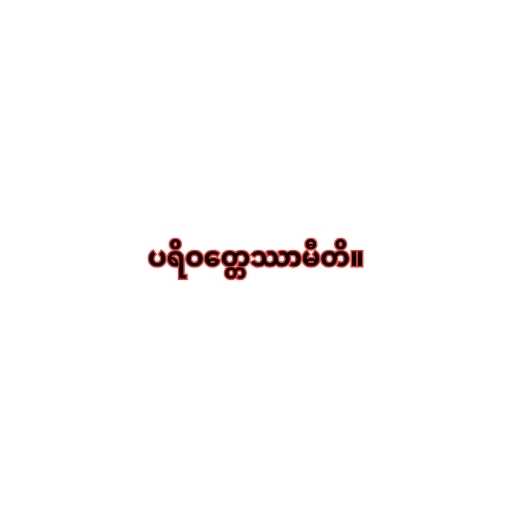
ပရိဝတ္တေဿာမီတိ။